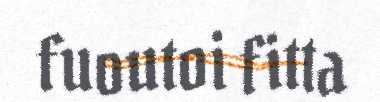
fuoutoi fitta